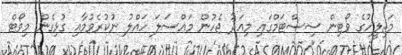
މަޖިލީހުގެ ވޯޓިން ސިސްޓަމްގައި މިއަދު ޖެހުން މައްސަލަ ހައްލު ނުކުރެވުމާއި ގުޅިގެން މިވޯޓް